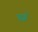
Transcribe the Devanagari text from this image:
घरूँ